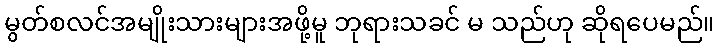
မွတ်စလင်အမျိုးသားများအဖို့မူ ဘုရားသခင် မ သည်ဟု ဆိုရပေမည်။